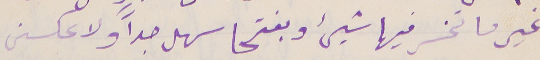
غير ما تخسر فيها شيء وبفتحا سهل جداً ولا عكسنى